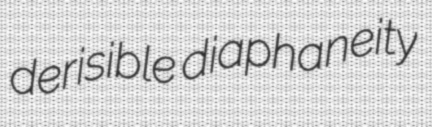
derisible diaphaneity